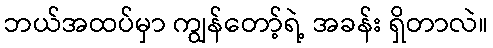
ဘယ်အထပ်မှာ ကျွန်တော့်ရဲ့ အခန်း ရှိတာလဲ။